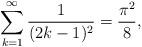
LaTeX: \begin{align*}\sum_{k=1}^{\infty}\frac{1}{(2k-1)^2}=\frac{\pi^2}{8},\end{align*}